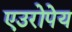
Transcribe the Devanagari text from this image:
एउरोपेय